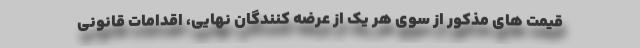
قیمت های مذکور از سوی هر یک از عرضه کنندگان نهایی، اقدامات قانونی